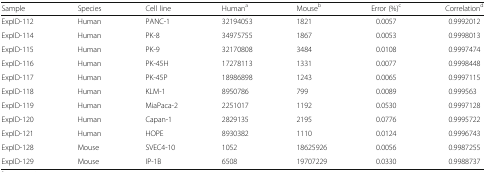
| Sample | Species | Cell line | Humana | Mouseb | Error (%)c | Correlationd |
 | --- | --- | --- | --- | --- | --- | --- |
 | ExpID-112 | Human | PANC-1 | 32194053 | 1821 | 0.0057 | 0.9992012 |
 | ExpID-114 | Human | PK-8 | 34975755 | 1867 | 0.0053 | 0.9998013 |
 | ExpID-115 | Human | PK-9 | 32170808 | 3484 | 0.0108 | 0.9997474 |
 | ExpID-116 | Human | PK-45H | 17278113 | 1331 | 0.0077 | 0.9998448 |
 | ExpID-117 | Human | PK-45P | 18986898 | 1243 | 0.0065 | 0.9997115 |
 | ExpID-118 | Human | KLM-1 | 8950786 | 799 | 0.0089 | 0.999563 |
 | ExpID-119 | Human | MiaPaca-2 | 2251017 | 1192 | 0.0530 | 0.9997128 |
 | ExpID-120 | Human | Capan-1 | 2829135 | 2195 | 0.0776 | 0.9995722 |
 | ExpID-121 | Human | HOPE | 8930382 | 1110 | 0.0124 | 0.9996743 |
 | ExpID-128 | Mouse | SVEC4-10 | 1052 | 18625926 | 0.0056 | 0.9987255 |
 | ExpID-129 | Mouse | IP-1B | 6508 | 19707229 | 0.0330 | 0.9988737 |